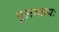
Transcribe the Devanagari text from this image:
मूलयतयः